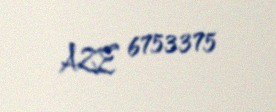
AZE 6753375